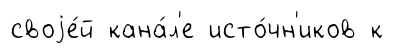
своjе́й кана́л'е исто́чн'иков к